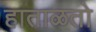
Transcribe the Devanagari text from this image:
हाताळतो